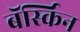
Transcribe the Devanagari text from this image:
बॅर्स्किन